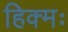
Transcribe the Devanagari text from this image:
हिक्मः